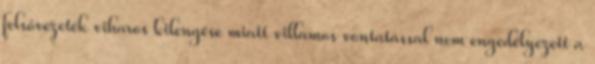
felsővezeték viharos kilengése miatt villamos vontatással nem engedélyezett a